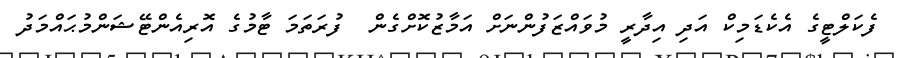
ފެކަލްޓީގެ އެކެޑަމިކް އަދި އިދާރީ މުވައްޒަފުންނަށް އަމާޒުކޮށްގެން  ފުރަތަމަ ޓާމުގެ އޮރިއެންޓޭޝަންމުޙައްމަދު